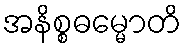
အနိစ္စဓမ္မောတိ